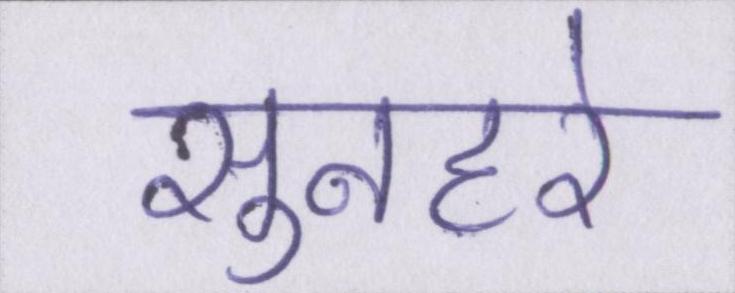
सुनहरे